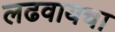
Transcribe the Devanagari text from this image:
लढवायचा